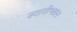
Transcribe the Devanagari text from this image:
स्तरीभवन